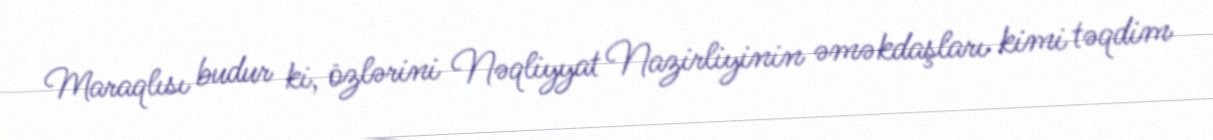
Maraqlısı budur ki, özlərini Nəqliyyat Nazirliyinin əməkdaşları kimi təqdim